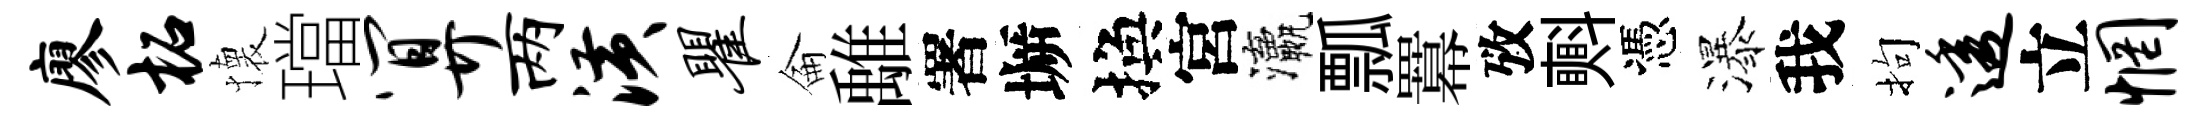
廖柘懐璫算两潢瞿侖𩀌署󶱲換宮瀛瓢羃攷㪺憑瀑我拘透立惘